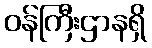
ဝန်ကြီးဌာနရှိ